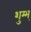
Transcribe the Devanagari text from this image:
शुम्भ्